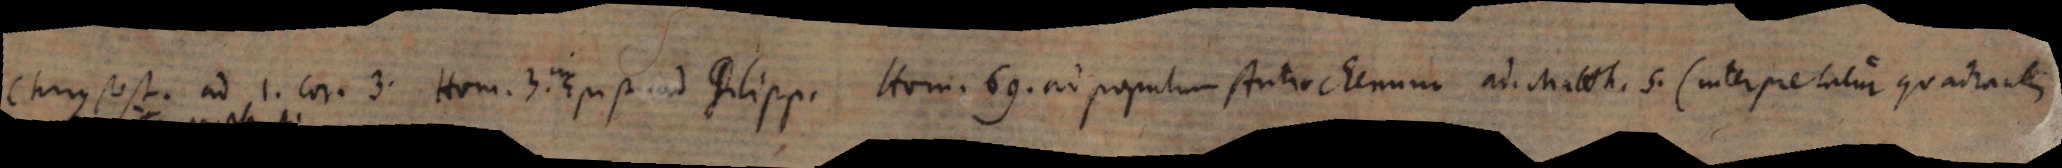
Chrysost. ad 1. Cor. 3. Hom. 3. Epist. ad Philipp; Hom. 69. in populum Antiochenum ad Matth. 5. (interpretatur quadrantem